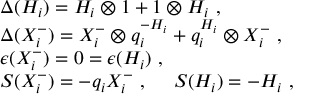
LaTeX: \begin{array} { l } { { \Delta ( H _ { i } ) = H _ { i } \otimes 1 + 1 \otimes H _ { i } ~ , } } \\ { { \Delta ( X _ { i } ^ { - } ) = X _ { i } ^ { - } \otimes q _ { i } ^ { - H _ { i } } + q _ { i } ^ { H _ { i } } \otimes X _ { i } ^ { - } ~ , } } \\ { { \epsilon ( X _ { i } ^ { - } ) = 0 = \epsilon ( H _ { i } ) ~ , } } \\ { { S ( X _ { i } ^ { - } ) = - q _ { i } X _ { i } ^ { - } ~ , ~ ~ ~ ~ S ( H _ { i } ) = - H _ { i } ~ , } } \end{array}